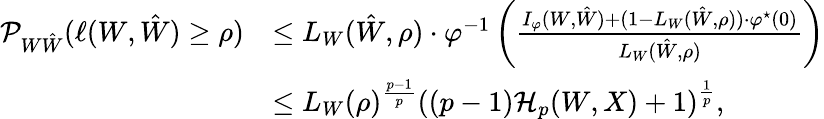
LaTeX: \begin{array}{rl}{\mathcal{P}_{W\hat{W}}(\ell(W,\hat{W})\geq\rho)}&{\leq L_{W}(\hat{W},\rho)\cdot\varphi^{-1}\left(\frac{I_{\varphi}(W,\hat{W})+(1-L_{W}(\hat{W},\rho))\cdot\varphi^{\star}(0)}{L_{W}(\hat{W},\rho)}\right)}\\ &{\leq L_{W}(\rho)^{\frac{p-1}{p}}\left((p-1)\mathcal{H}_{p}(W,X)+1\right)^{\frac 1p},}\end{array}